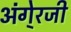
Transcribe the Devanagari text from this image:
अंगे्रजी